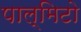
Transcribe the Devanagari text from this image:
पाल्मिटो